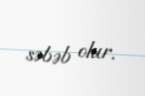
səbəb olur.